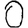
Digit: 0